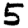
Digit: 5